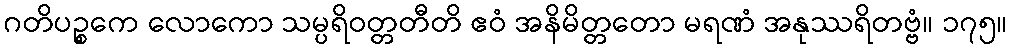
ဂတိပဉ္စကေ လောကော သမ္ပရိဝတ္တတီတိ ဧဝံ အနိမိတ္တတော မရဏံ အနုဿရိတဗ္ဗံ။ ၁၇၅။